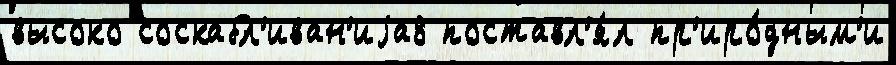
высоко соскабл'иван'иjа8 поставл'я́л пр'иро́дным'и